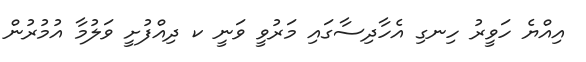
އިއްޔެ ހަވީރު ހިނގި އެހާދިސާގައި މަރުވީ ވަނީ ކ ދިއްފުށީ ވަލުމާ އުމުރުން